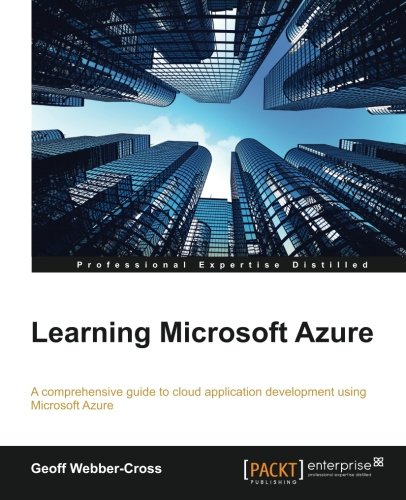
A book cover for Learning Windows Azure; Geoff Webber-Cross; Computers & Technology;